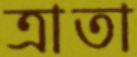
ত্রাতা